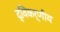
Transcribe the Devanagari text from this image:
द्विकर्णीय